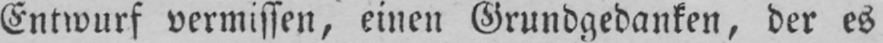
Entwurf vermissen, einen Grundgedanken, der es